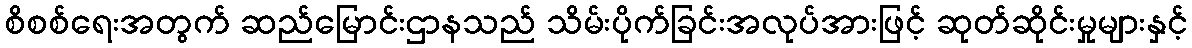
စိစစ်ရေးအတွက် ဆည်မြောင်းဌာနသည် သိမ်းပိုက်ခြင်းအလုပ်အားဖြင့် ဆုတ်ဆိုင်းမှုများနှင့်